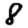
Digit: 8